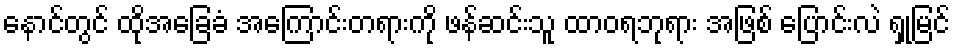
နောင်တွင် ထိုအခြေခံ အကြောင်းတရားကို ဖန်ဆင်းသူ ထာဝရဘုရား အဖြစ် ပြောင်းလဲ ရှုမြင်